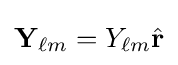
\mathbf {Y} _{\ell m}=Y_{\ell m}{\hat {\mathbf {r} }}